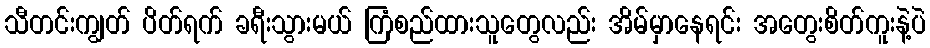
သီတင်းကျွတ် ပိတ်ရက် ခရီးသွားမယ် ကြံစည်ထားသူတွေလည်း အိမ်မှာနေရင်း အတွေးစိတ်ကူးနဲ့ပဲ